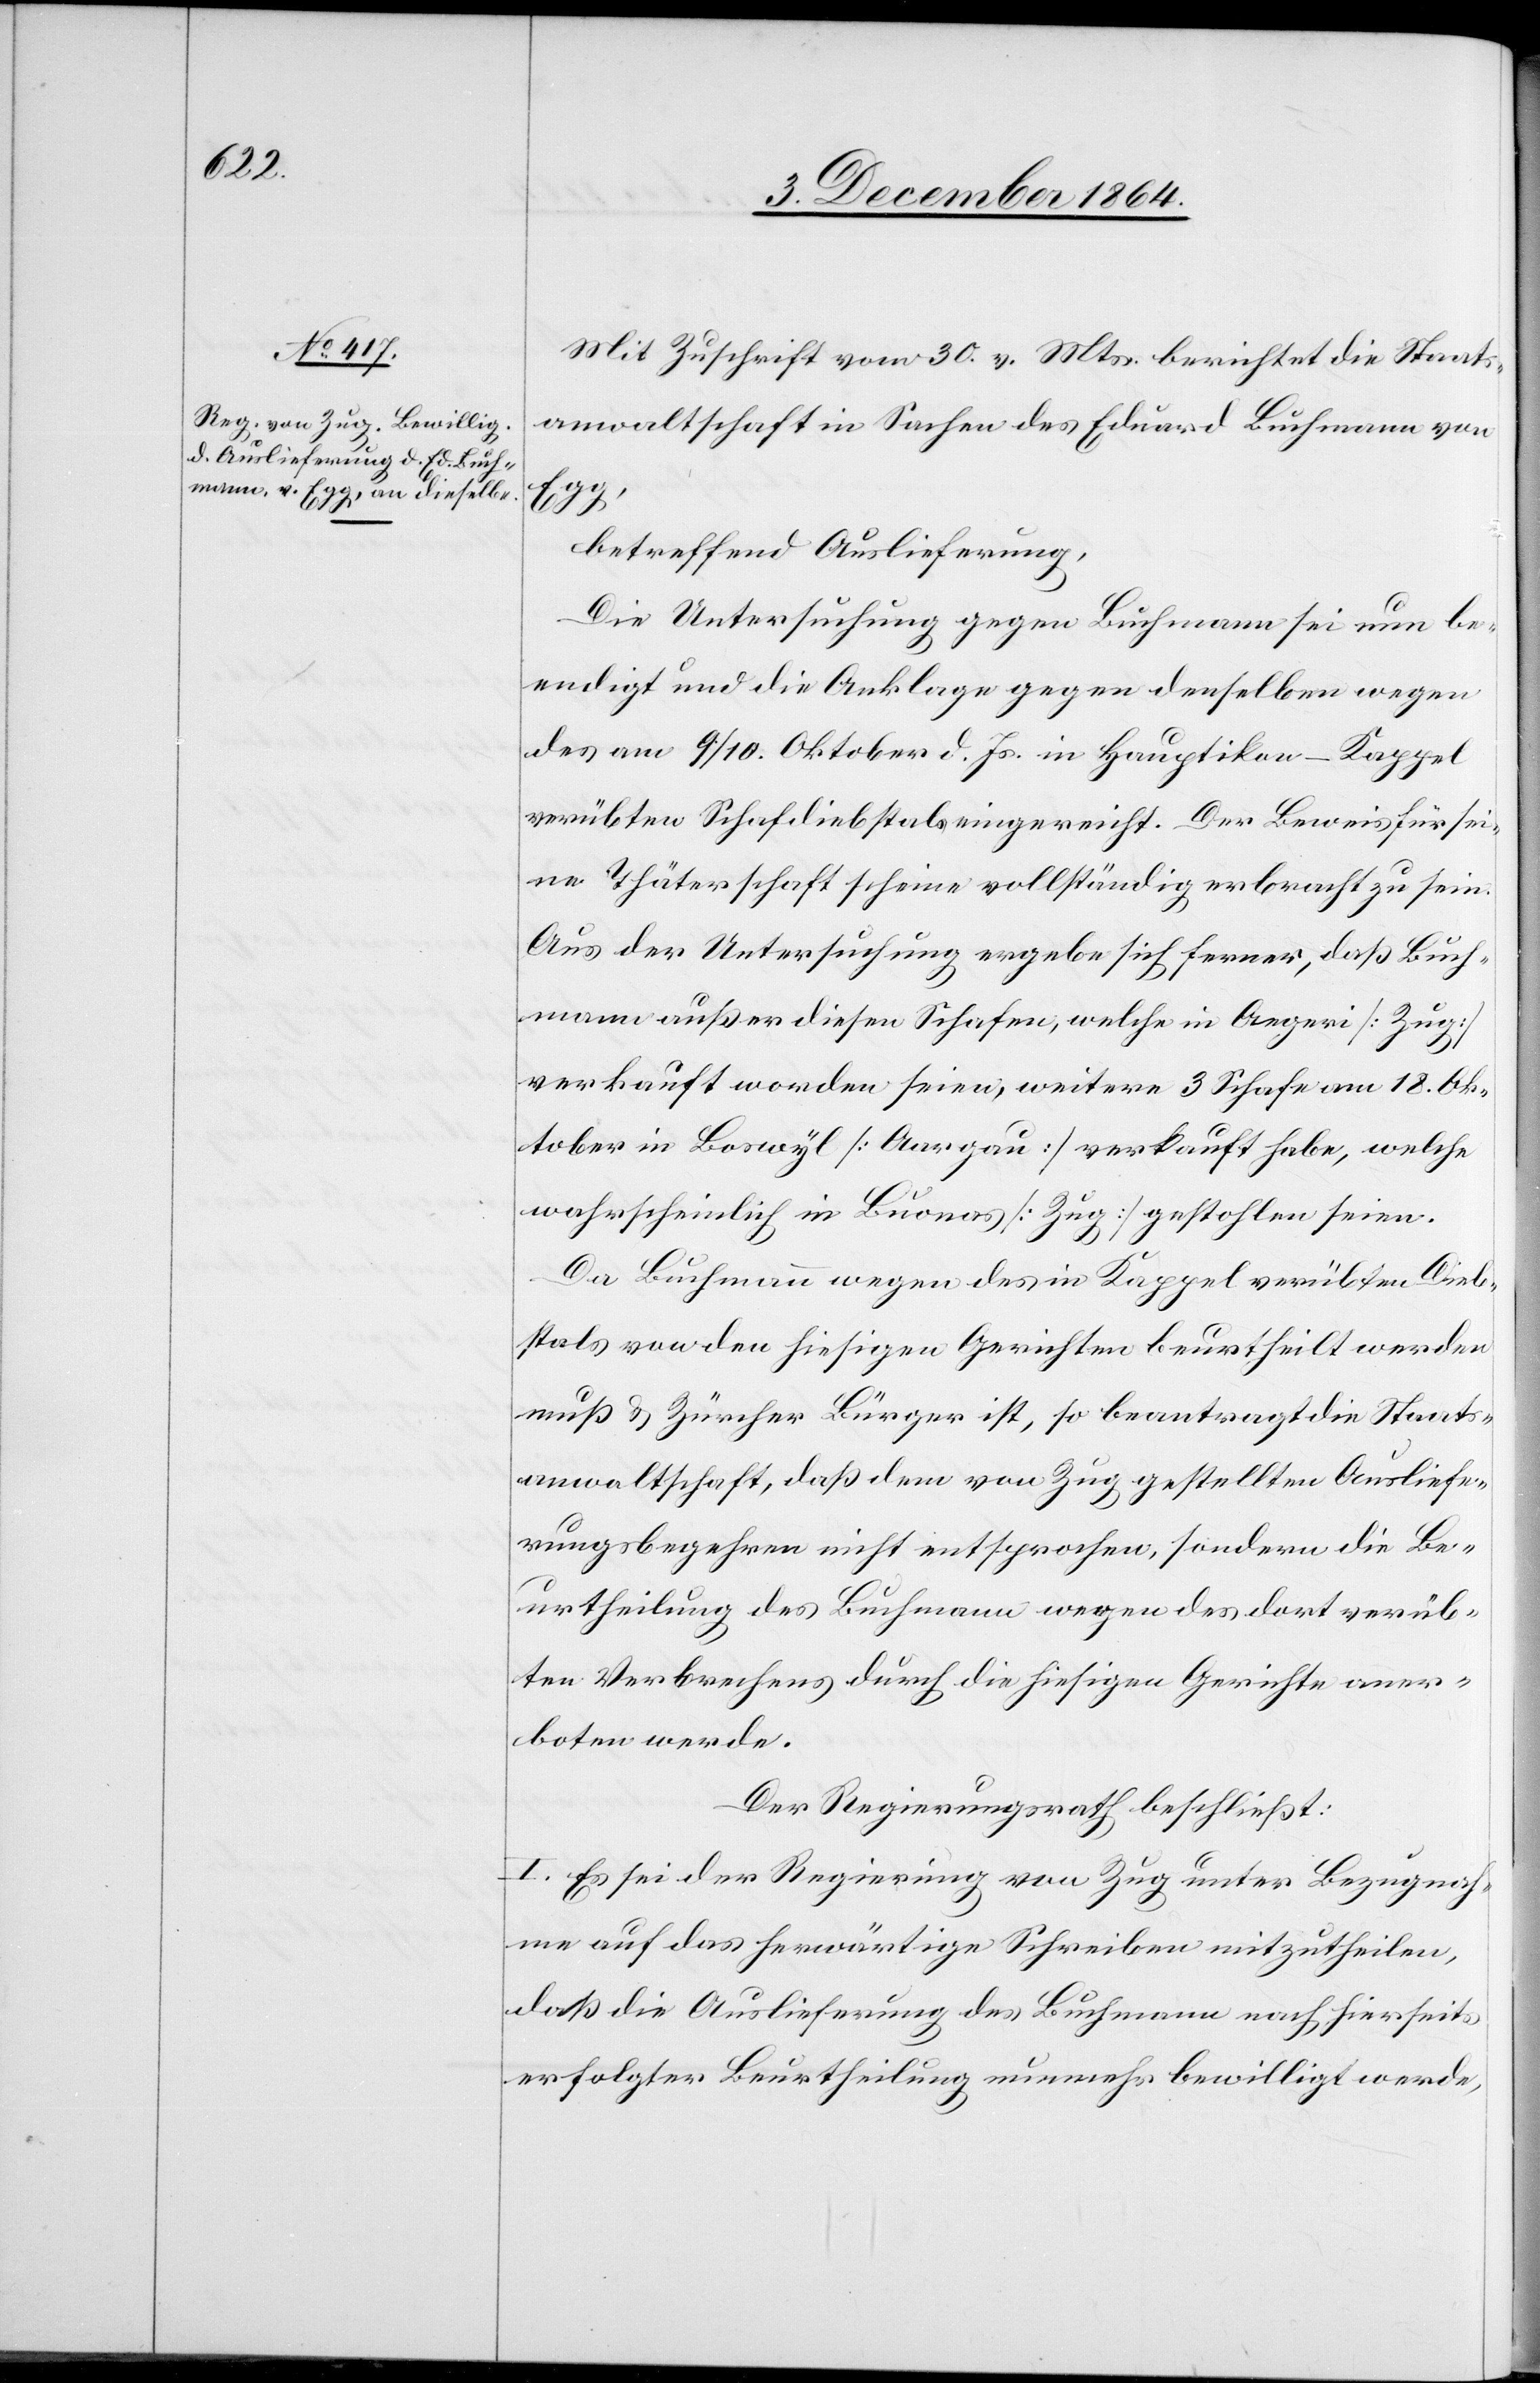
Mit Zuschrift vom 30. v. Mts. berichtet die Staats¬
anwaltschaft in Sachen des Eduard Buchmann von
betreffend Auslieferung,
Die Untersuchung gegen Buchmann sei nun be¬
endigt und die Anklage gegen denselben wegen
des am 9./10. Oktober d. Js. in Hauptikon-Kappel
verübten Schafdiebstals eingereicht. Der Beweis für sei¬
ne Thäterschaft scheine vollständig erbracht zu sein.
Aus der Untersuchung ergebe sich ferner, daß Buch¬
mann außer diesen Schafen, welche in Aegeri [Zug]
verkauft worden seien, weitere 3 Schafe am 18. Ok¬
tober in Boswyl [Aargau] verkauft habe, welche
wahrscheinlich in Buonas [Zug] gestohlen seien.
Da Buchmann wegen des in Kappel verübten Dieb¬
stals von den hiesigen Gerichten beurtheilt werden
muß & Zürcher Bürger ist, so beantragt die Staats¬
anwaltschaft, daß dem von Zug gestellten Ausliefe¬
rungsbegehren nicht entsprochen, sondern die Be¬
urtheilung des Buchmann wegen des dort verüb¬
ten Verbrechens durch die hiesigen Gerichte aner¬
boten werde.
Der Regierungsrath beschließt:
I. Es sei der Regierung von Zug unter Bezugnah¬
me auf das herwärtige Schreiben mitzutheilen,
daß die Auslieferung des Buchmann nach hierseits
erfolgter Beurtheilung nunmehr bewilligt werde,